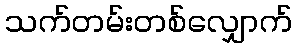
သက်တမ်းတစ်လျှောက်